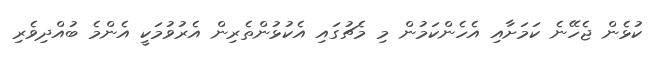
ކުޅެން ޖެހޭނެ ކަމަށާއި އެހެންކަމުން މި މެޗުގައި އެކުޅުންތެރިން އެރުވުމަކީ އެންމެ ބުއްދިވެރި